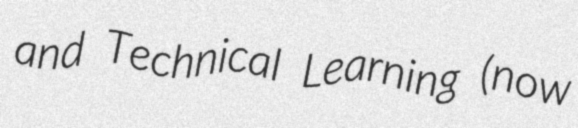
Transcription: and Technical Learning (now